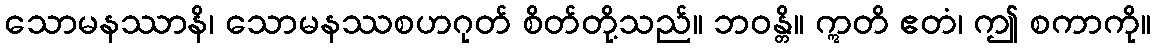
သောမနဿာနိ၊ သောမနဿစဟဂုတ် စိတ်တို့သည်။ ဘဝန္တိ။ ဣတိ ဧတံ၊ ဤ စကာကို။